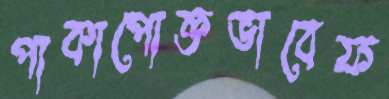
পাকাপোক্তভাবেফ